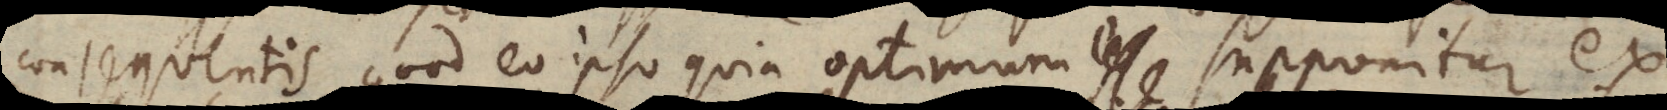
consequentis quod eo ipso quia optimum esse supponitur ex